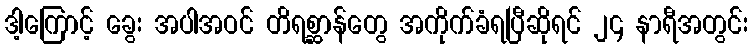
ဒါ့ကြောင့် ခွေး အပါအဝင် တိရစ္ဆာန်တွေ အကိုက်ခံရပြီဆိုရင် ၂၄ နာရီအတွင်း